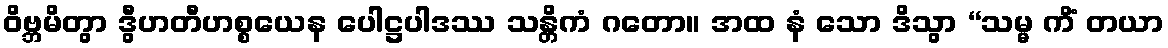
ဝိဗ္ဘမိတွာ ဒွီဟတီဟစ္စယေန ပေါဋ္ဌပါဒဿ သန္တိကံ ဂတော။ အထ နံ သော ဒိသွာ “သမ္မ ကိံ တယာ